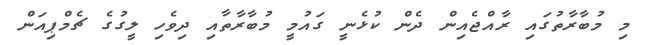
މި މުބާރާތުގައި ރާއްޖެއިން ދެން ކުޅެނީ ގައުމީ މުބާރާތާއި ދިވެހި ލީގުގެ ޗެމްޕިއަން